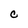
Character: C